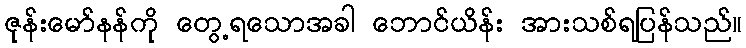
ဇုန်းမော်နန်ကို တွေ့ရသောအခါ ဘောင်ယိန်း အားသစ်ရပြန်သည်။